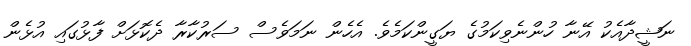
ނަޝީދާއެކު އޭނާ ހުންނެވިކަމުގެ ޔަގީންކަމެވެ. އެހެން ނަމަވެސް ސަރުކާރާ ދެކޮޅަށް ފާޅުގައި އުޅެން